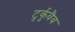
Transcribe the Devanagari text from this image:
टुर्कुवैव